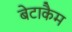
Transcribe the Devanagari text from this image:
बेटाकैम